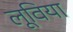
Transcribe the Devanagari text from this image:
लूविया